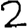
Digit: 2